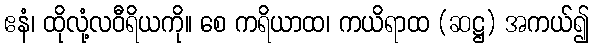
ဧနံ၊ ထိုလုံ့လဝီရိယကို။ စေ ကရိယာထ၊ ကယိရာထ (ဆဋ္ဌ) အကယ်၍